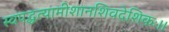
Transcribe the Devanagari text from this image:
स्वपद्धत्यामीशानशिवदेशिकः।।